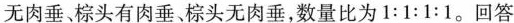
无肉垂棕头有肉垂棕头无肉垂，数量比为1:1:1:1。回答